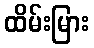
ထိမ်းမြား